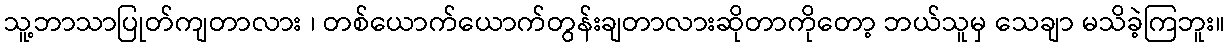
သူ့ဘာသာပြုတ်ကျတာလား ၊ တစ်ယောက်ယောက်တွန်းချတာလားဆိုတာကိုတော့ ဘယ်သူမှ သေချာ မသိခဲ့ကြဘူး။